Annual administration report of the Civil Veterinary Department of India - 1896-1897
Year: 1896
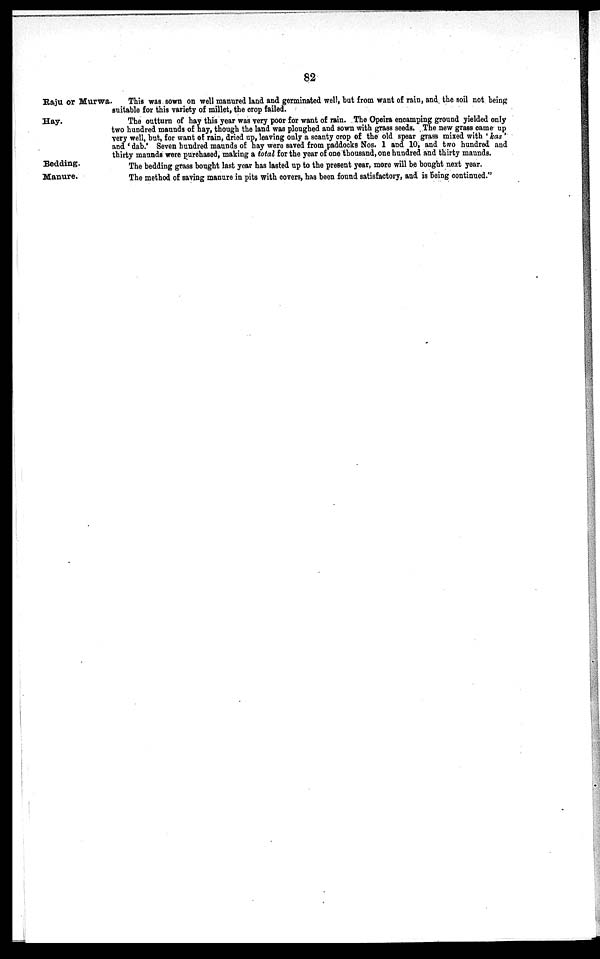
82
Raju or Murwa.
This was sown on well manured land and germinated well, but from want of rain, and the soil not being
suitable for this variety of millet, the crop failed.
Hay.
The outturn of hay this year was very poor for want of rain. The Opeira encamping ground yielded only
two hundred maunds of hay, though the land was ploughed and sown with grass seeds. The new grass came up
very well, but, for want of rain, dried up, leaving only a scanty crop of the old spear grass mixed with 'kas'
and 'dab.' Seven hundred maunds of hay were saved from paddocks Nos. 1 and 10, and two hundred and
thirty maunds were purchased, making a total for the year of one thousand, one hundred and thirty maunds.
Bedding.
The bedding grass bought last year has lasted up to the present year, more will be bought next year.
Manure.
The method of saving manure in pits with covers, has been found satisfactory, and is being continued."